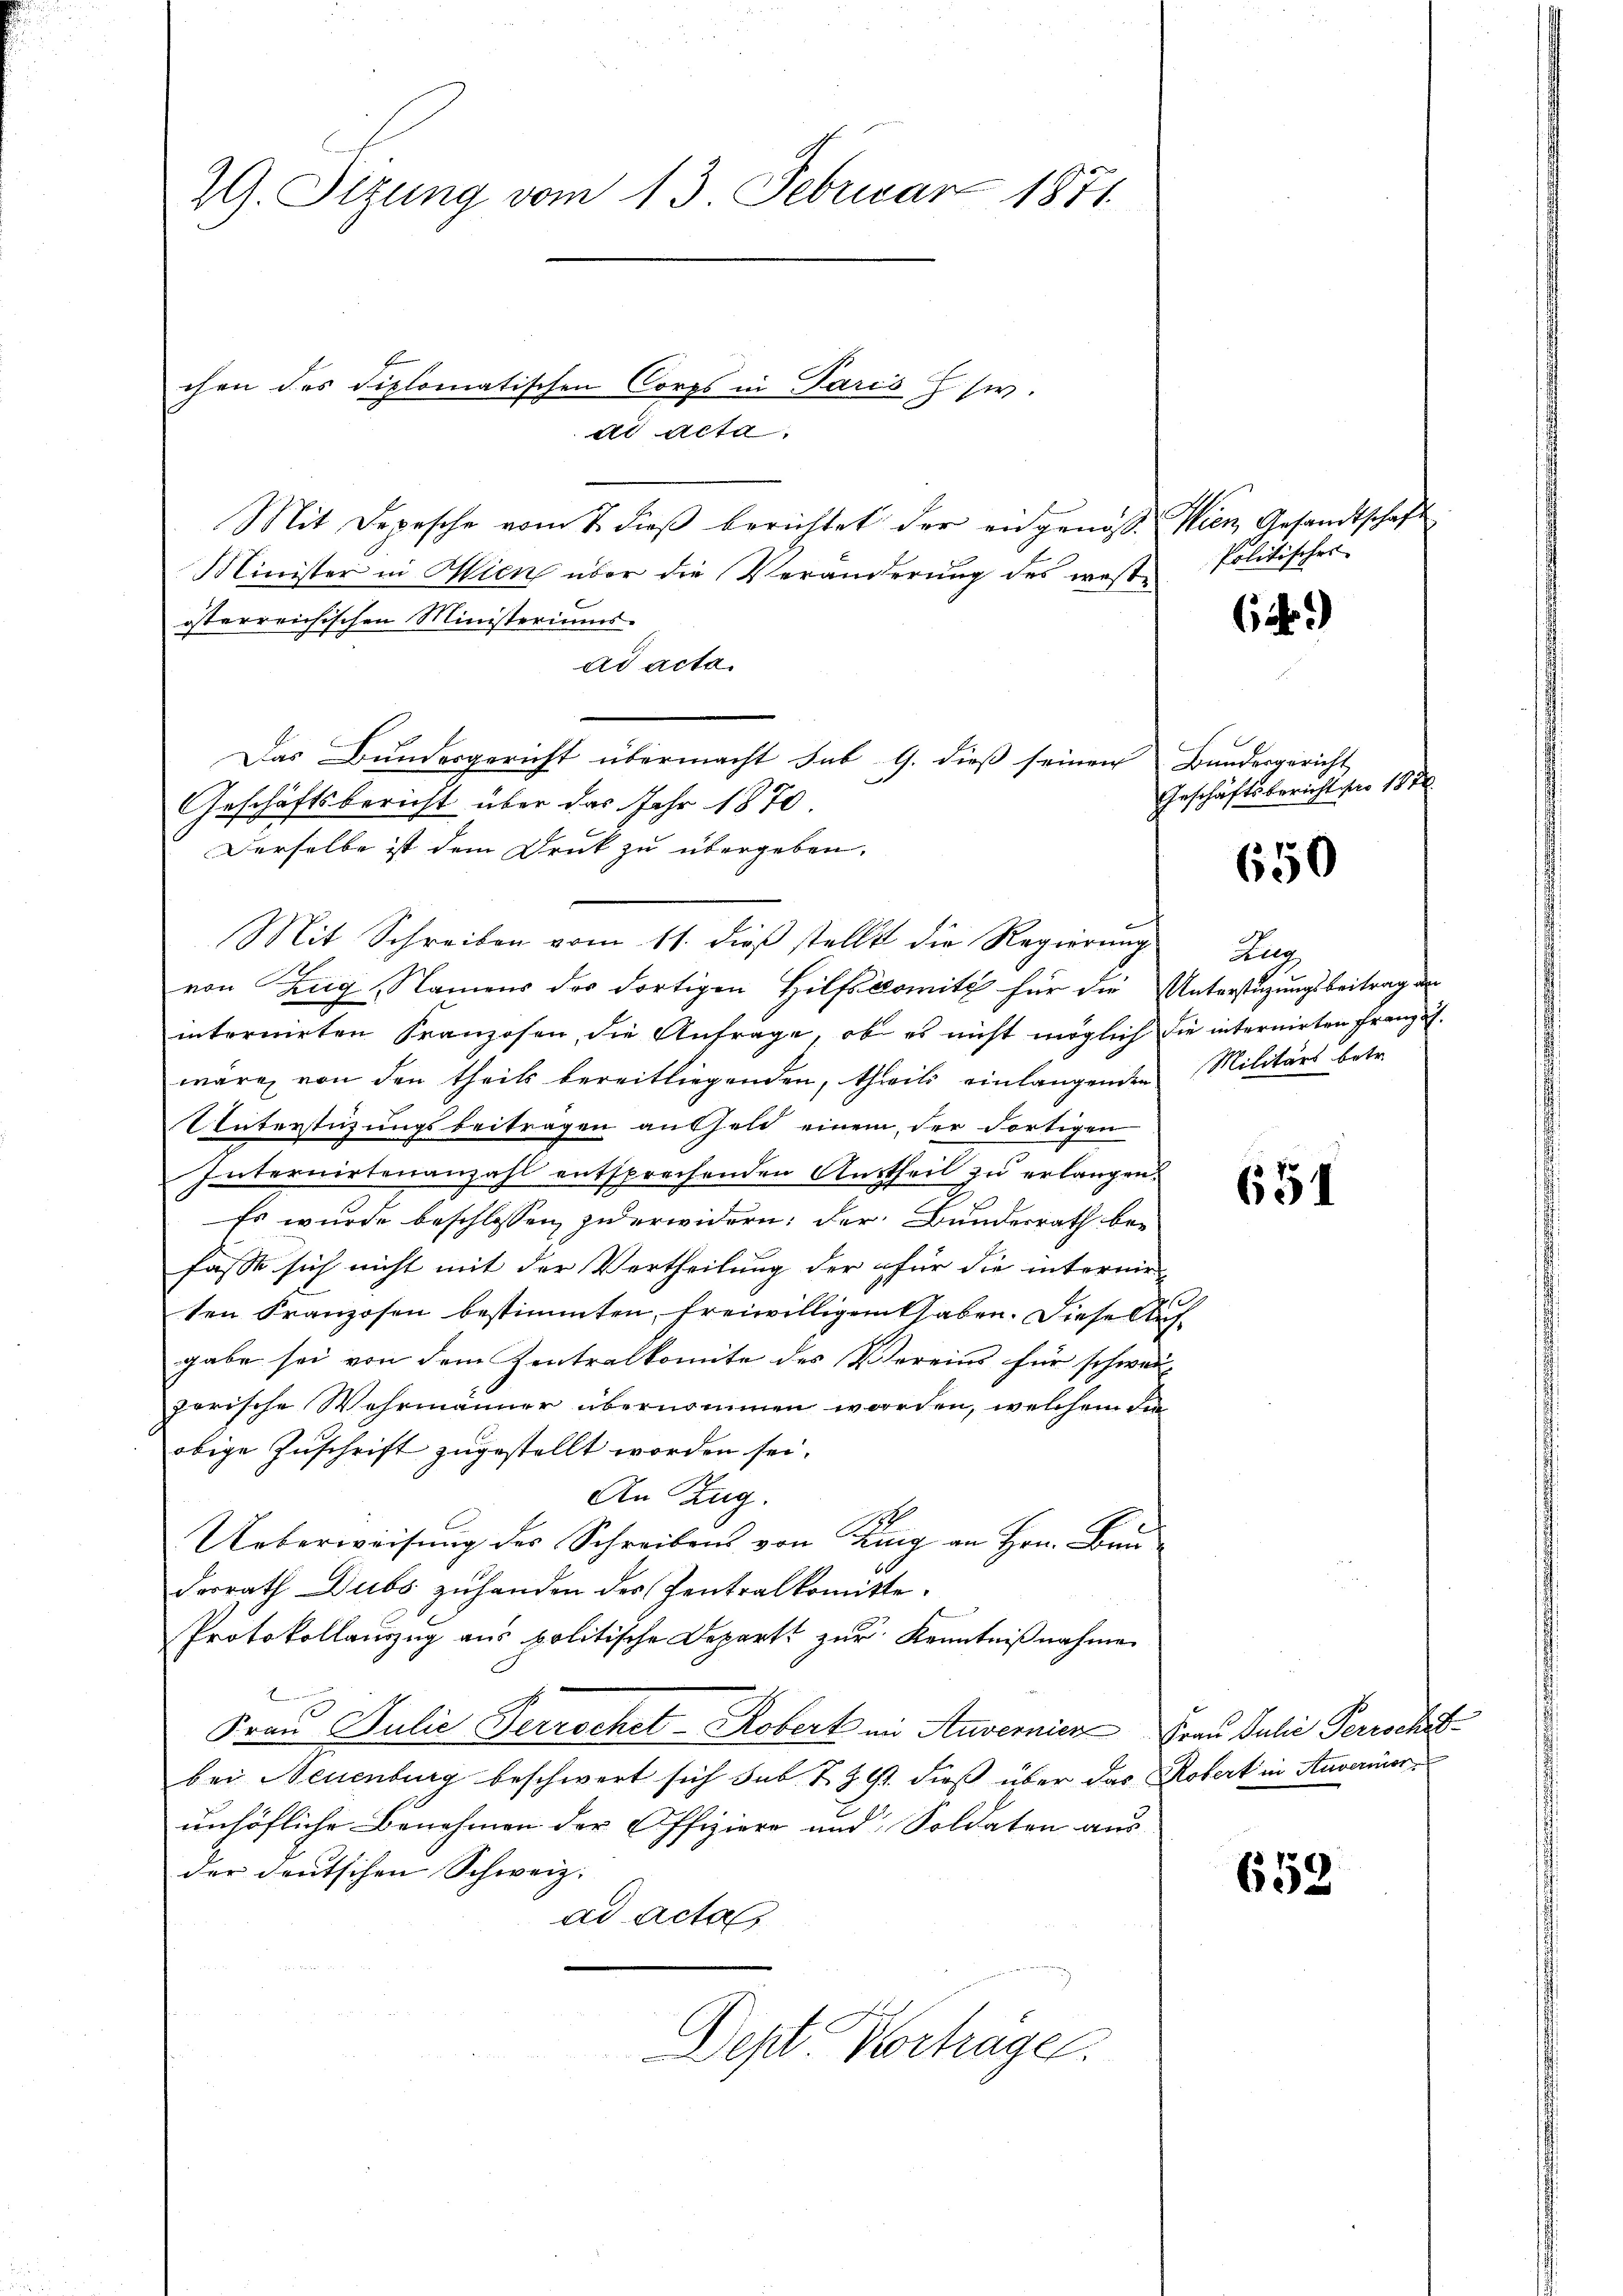
29. Sizung vom 13. Februar 1871

Minister in Wien über die Veränderung des weste
österreichischen Ministeriums.
ad acta.
Geschäftsbericht über das Jahr 1870
Derselbe ist dem Druck zu übergeben.
Mit Schreiben vom 11. dieß stellt die Regierung
von Zug, Namens des dortigen Hilfscomité für die Unterstüzungsbeitrag an
internirten Franzosen, die Anfrage, ob es nicht möglich die internirten Franz u.
wäre, von den theils bereitliegenden, theils einlangenden Militärs betr.
Unterstüzungsbeitragen anfeld einem der dortigen
Internirtenanzahl entsprechenden Austheil zu erlangen
Es wurde beschlossen zu erwidern; der Bundesrath be-
fässe sich nicht mit der Vertheilung der für die internie
s
ten Franzosen bestimmten, freiwilligen haben. Diese Aufgabe sei von dem Zentralkomite des Vereins für schweiparische Wahrmänner übernommen worden, welchem die
obige Zuschrift zugestellt worden sei.
An Zug.
1
Ueberweisung des Schreibens von King an Hrn. Bun
derrath Dubs zuhanden des Zentralkomitte.
Protokollauszug aus politische Depart zur Kenntnißnahmen
Frau Julie Herrschet - Roberk in Anvernier Frau Julii Perrsche
bei Neuenburg beschwert sich sub N. Z. 91. dieß über das Robert in Anvermorunhöfliche Benehmen der Offiziere und Soldaten aus
der deutschen Schweiz.
ad acta

Mit Depesche vom 1. dieβ berichtet der angenoss. Wien Gesandtschaft

chen des diplomatischen Corps in Paris Z sw.
ad acta

Das Bundesgericht übermacht hab G. dieß seinen Bundesgericht

Dept Vorträge.

Politischer

6.)

Geschäftsbericht vor 184

650

Zug

651

653